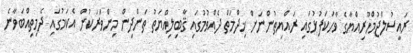
ރައީސުލްޖުމްހޫރިއްޔާގެ ވާހަކަފުޅުގައި ރައްޔިތުންނަށް ޚިދްމަތް ދެއްވުމުގައި ޤާބިލިއްޔަތު ތަންދިން މިންވަރަކުން އެކަމުގައި ދެމިތިއްބަވާނެ